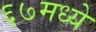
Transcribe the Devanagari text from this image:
६७मध्ये